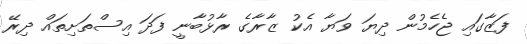
ފަޒާގައި ޖެހެމުން ދިޔަ ވަޔާ އެކު ޒާރާގެ ރާޅުބާނީ ފަދަ އިސްތަށިތައް ދިރޭ